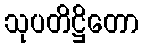
သုပတိဋ္ဌိတော